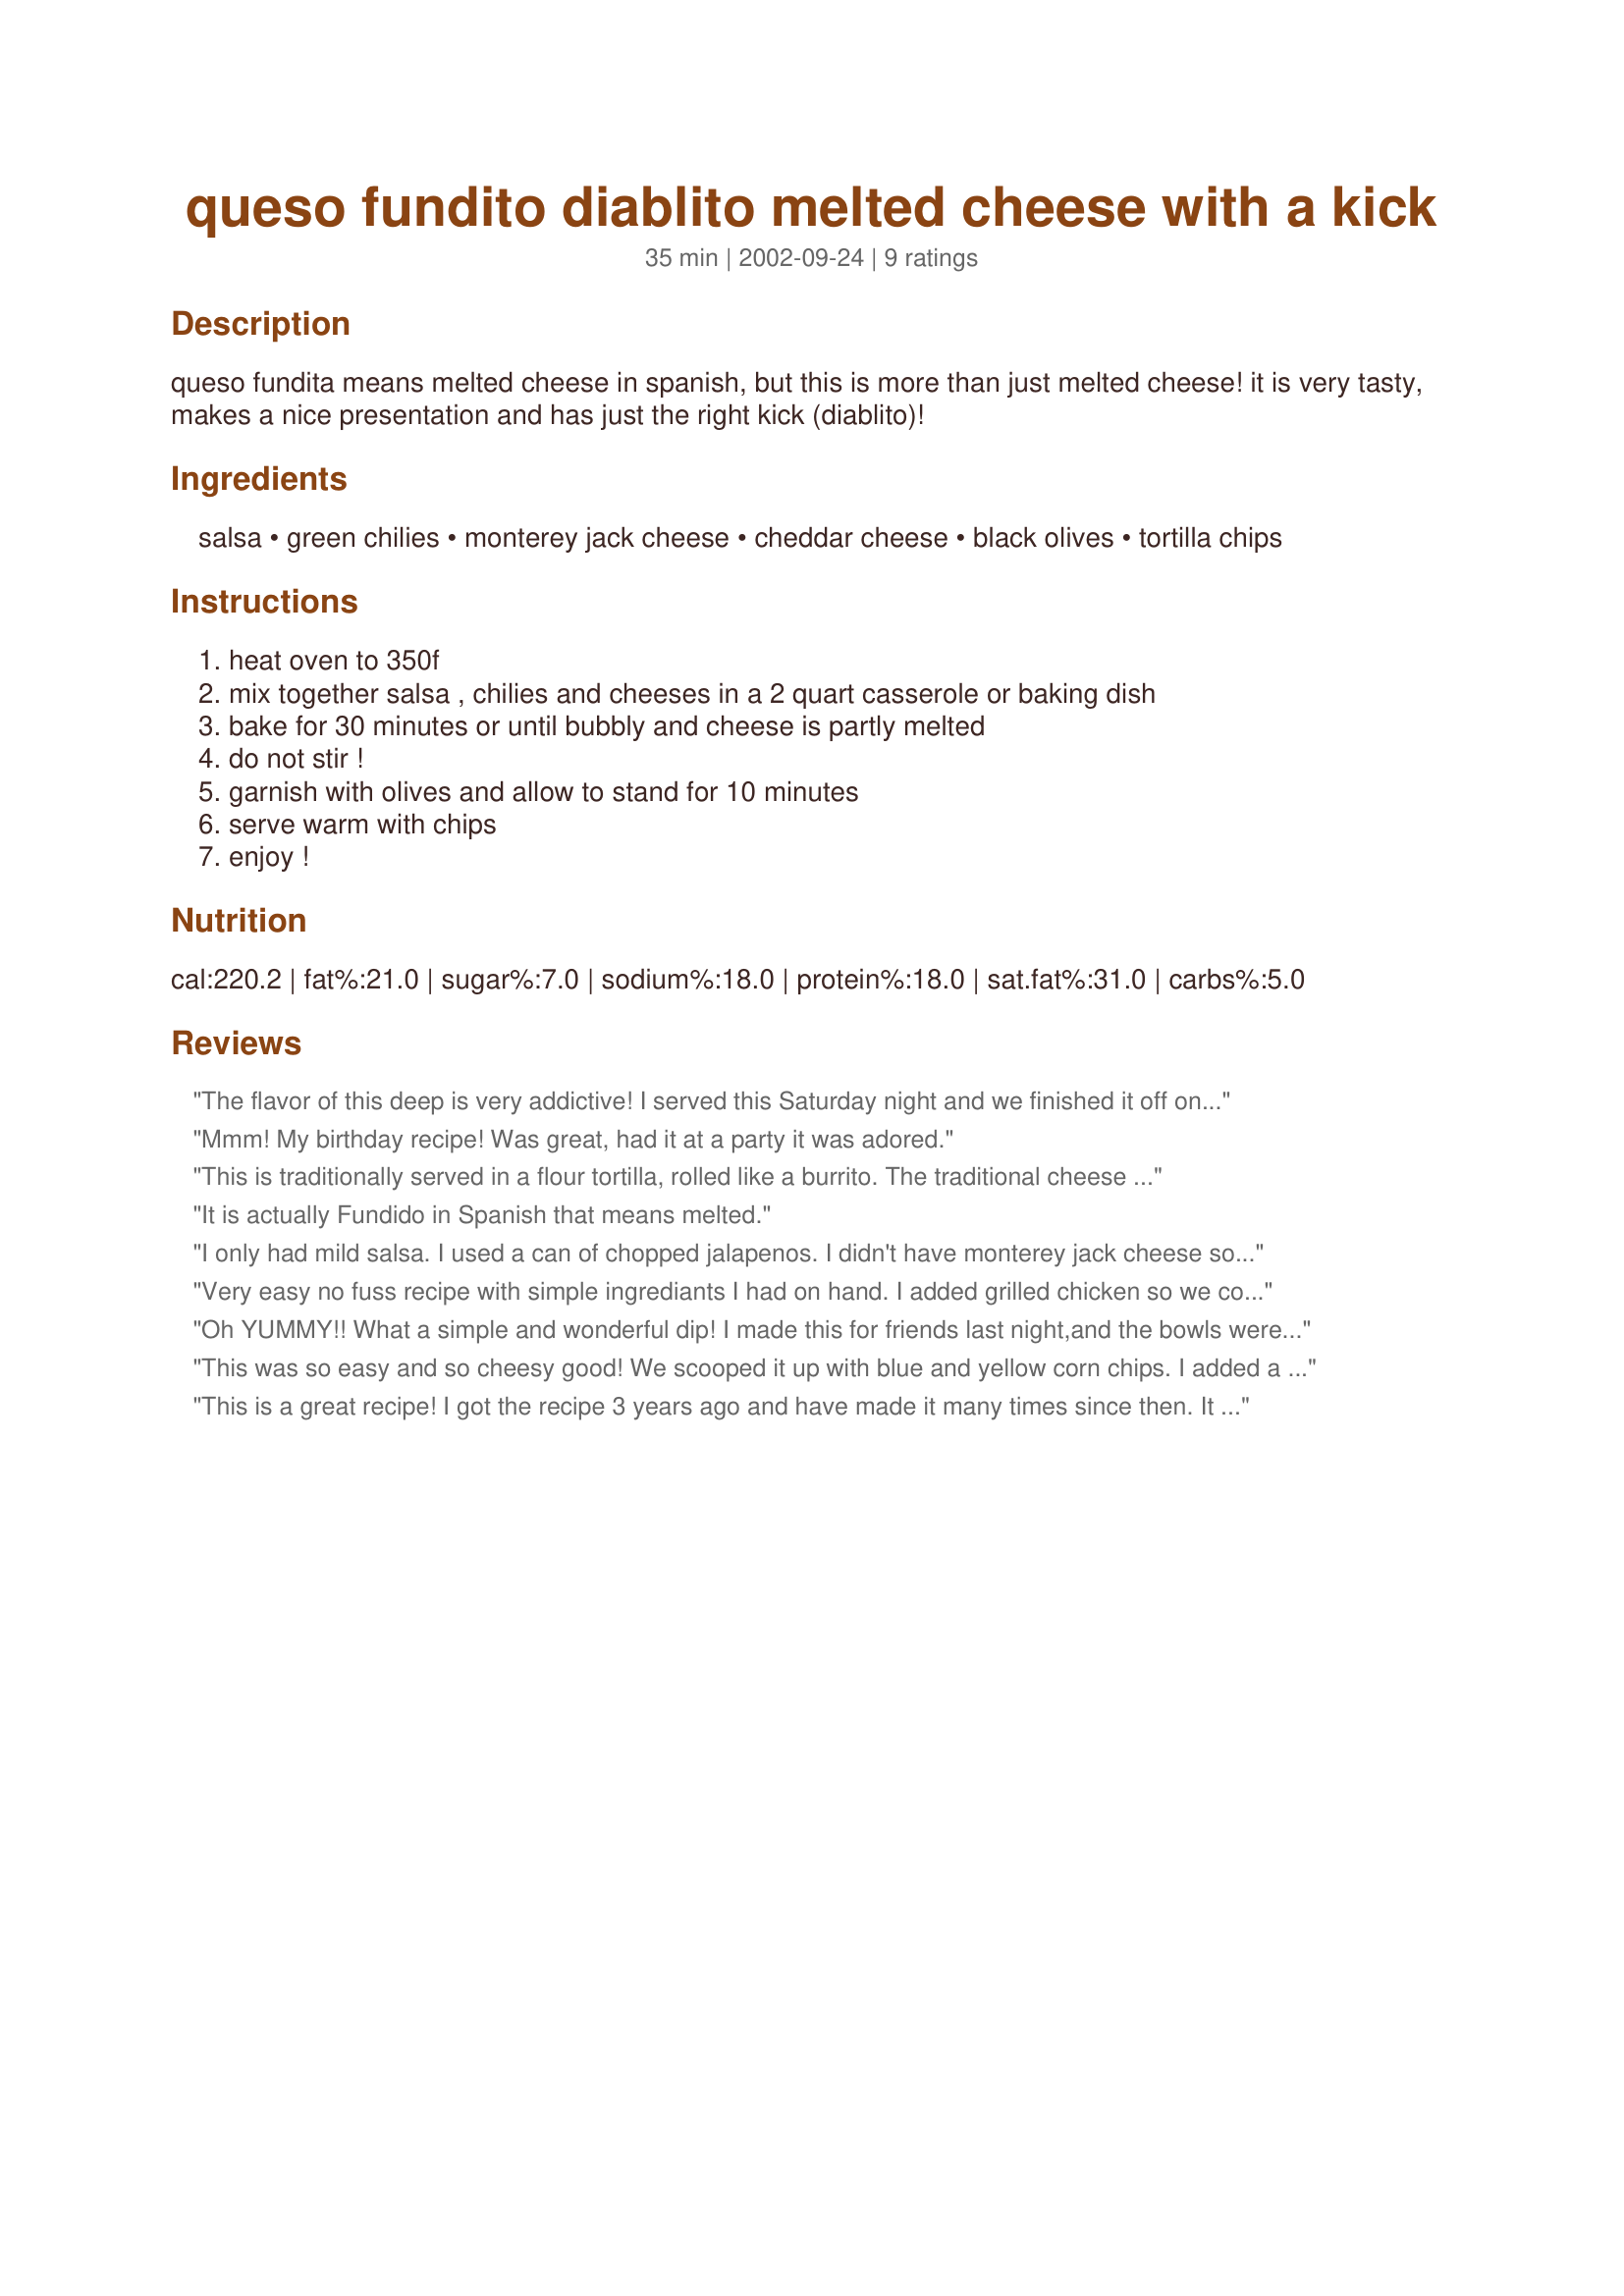
queso fundito diablito melted cheese with a kick
Preparation time: 35 minutes

queso fundita means melted cheese in spanish, but this is more than just melted cheese! it is very tasty, makes a nice presentation and has just the right kick (diablito)!

Ingredients:
salsa, green chilies, monterey jack cheese, cheddar cheese, black olives, tortilla chips

Steps:
heat oven to 350f, mix together salsa , chilies and cheeses in a 2 quart casserole or baking dish, bake for 30 minutes or until bubbly and cheese is partly melted, do not stir !, garnish with olives and allow to stand for 10 minutes, serve warm with chips, enjoy !

Reviews:
The flavor of this deep is very addictive! I served this Saturday night and we finished it off on Sunday. Mildly spicy, very cheesy. Will be making this again!
Mmm! My birthday recipe! Was great, had it at a party it was adored.
This is traditionally served in a flour tortilla, rolled like a burrito. The traditional cheese it is made with is Queso Blanco, but that seemed almost impossible to melt with any ease or success. This seems like a better blend of cheeses to get the desired effect. GREAT with crumbled chorizo added.
It is actually Fundido in Spanish that means melted.
I only had mild salsa. I used a can of chopped jalapenos. I didn't have monterey jack cheese so I used asiago cheese and cheddar. It gave a strong taste to the dip which was great. Thanks Karen :) Made for Cookbook tag game
Very easy no fuss recipe with simple ingrediants I had on hand. I added grilled chicken so we could roll it up in flour tortillas.
Oh YUMMY!! What a simple and wonderful dip!
I made this for friends last night,and the bowls were literally licked out..they absolutely LOVED it!!
I think that this would be great with chicken or chorizo added,and made into quesadillas,or rolled into tortillas (as previously suggested).
Thanks Karen,for a great recipe.
Made for Gimme Five.
This was so easy and so cheesy good! We scooped it up with blue and yellow corn chips. I added a cut up jalapeno for some extra heat. Thanks for posting! We will make this again!
This is a great recipe! I got the recipe 3 years ago and have made it many times since then. It is so well liked that I often have to make four times the recipe amounts. I leave out the chillies and olives. You can also vary the spiciness of the salsa so that it is to your own personal tastes (I have tried several different kinds myself, and it always turns out well.)
